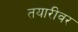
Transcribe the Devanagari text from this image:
तयारीवर